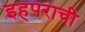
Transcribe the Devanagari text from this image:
इहपराची